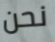
نحن